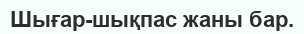
Шығар-шықпас жаны бар.